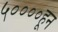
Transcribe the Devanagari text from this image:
५००००हून